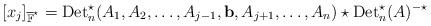
LaTeX: \begin{align*}[x_j]_{\overline{\mathbb{F}}^{\star}}={\rm Det}^{\star}_n (A_1,A_2,\ldots, A_{j-1}, \mathbf{b}, A_{j+1}, \ldots, A_n)\star{\rm Det}^{\star}_n(A)^{-\star} \end{align*}